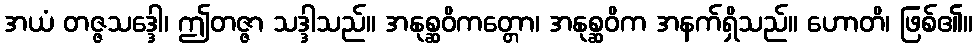
အယံ တဇ္ဇသဒ္ဒေါ၊ ဤတဇ္ဇာ သဒ္ဒါသည်။ အနုစ္ဆဝိကတ္တော၊ အနုစ္ဆဝိက အနက်ရှိသည်။ ဟောတိ၊ ဖြစ်၏။